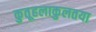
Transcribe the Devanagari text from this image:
कुतूहलाकुलतया